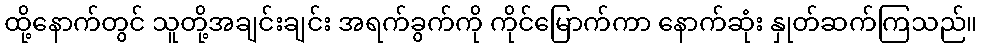
ထို့နောက်တွင် သူတို့အချင်းချင်း အရက်ခွက်ကို ကိုင်မြောက်ကာ နောက်ဆုံး နှုတ်ဆက်ကြသည်။